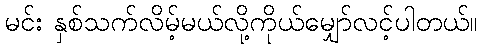
မင်း နှစ်သက်လိမ့်မယ်လို့ကိုယ်မျှော်လင့်ပါတယ်။